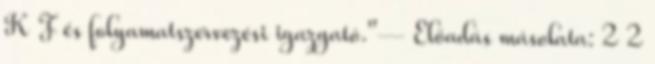
K F és folyamatszervezési igazgató."— Előadás másolata: 2 2